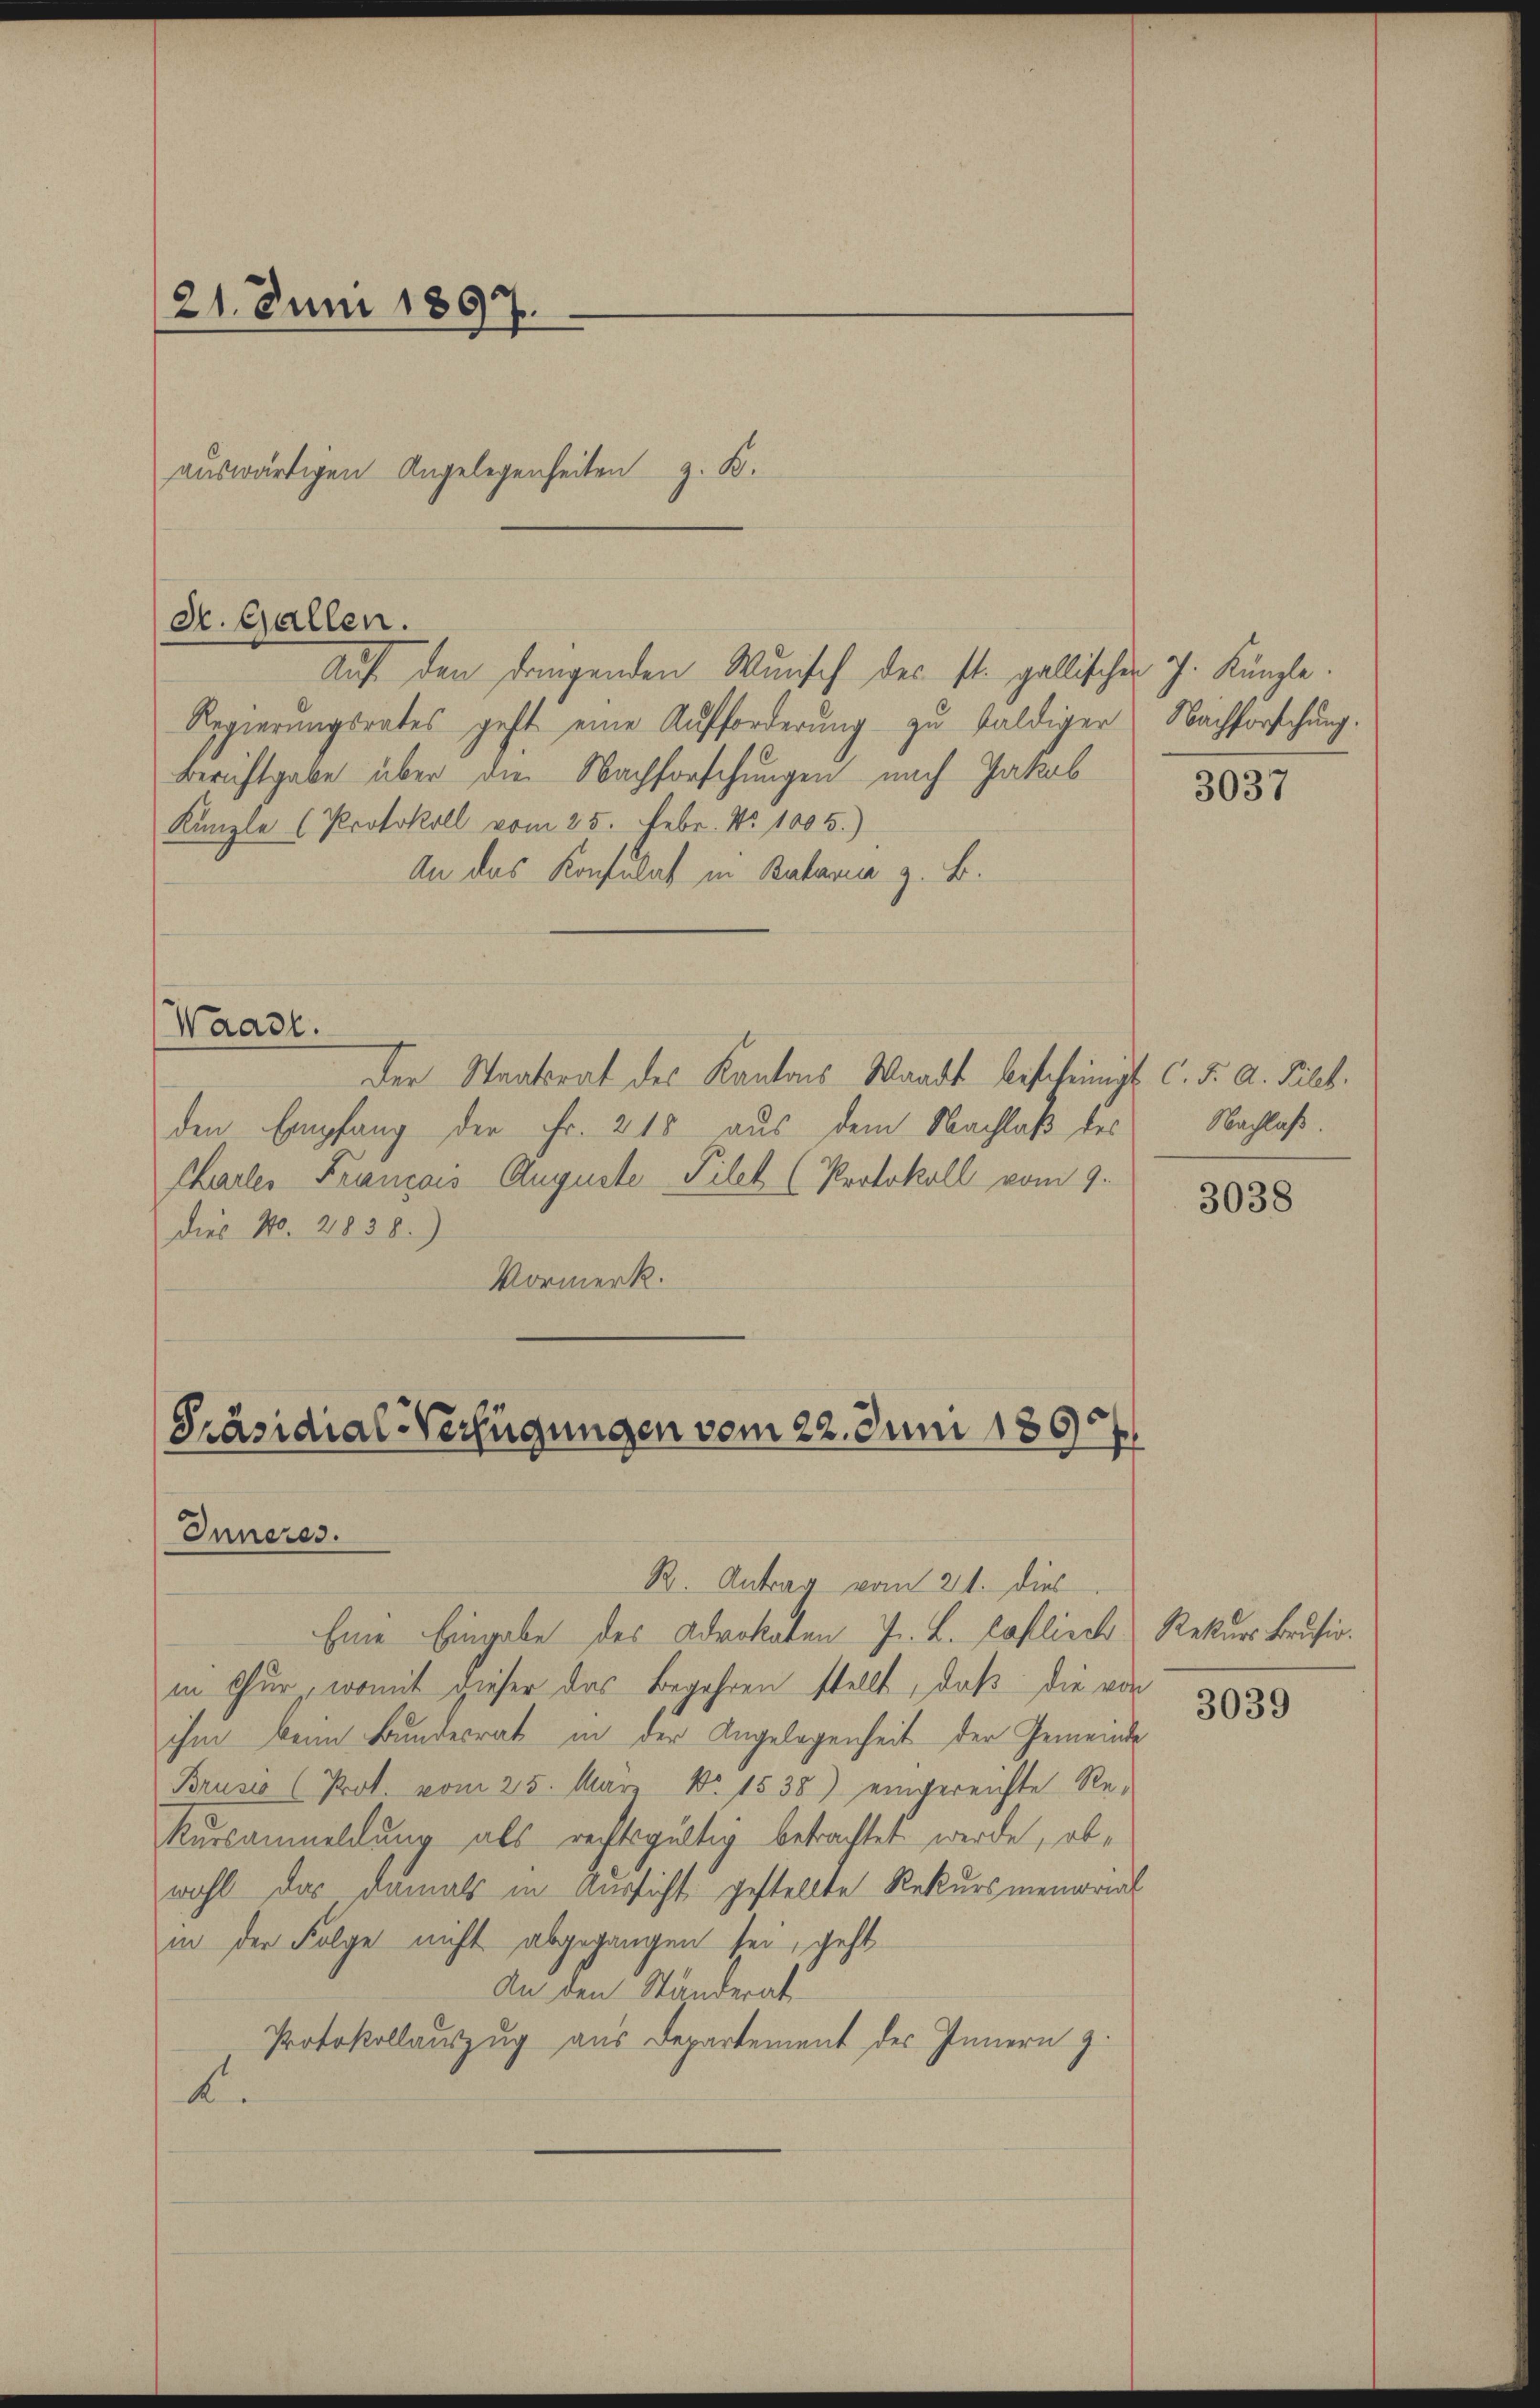
21. Juni 1897.

auswärtigen Angelegenheiten z. B.
St. Gallen.

Auf den dringenden Wunsch des st. gallischen J. Künzle
Regierungsrates geht eine Aufforderung zu baldiger Nachforschung.
Berichtgabe über die Nachforschungen nach Jakob
Kanzle (Protokoll vom 25. Febr. No 1005.)
An das Konsulat in Bataria z. B.
Waadt.
Der Staatsrat des Kantons Waadt bescheinigt C. F. A. Silb
den Empfang der Fr. 215 aus dem Nachlaß des
Challer Francois Auguste Pilet (Protokoll vom 9.
dies No. 2838.)
Vormerk.

Präsidial-Verfügungen vom 22. Juni 1865.

Inneres.
B. Antrag vom 21. dies
Eine Eingabe des Advokaten J. L. Caflisch Rekurs Brusis.
in Chur, womit dieser das Begehren stellt, daß die von
ihm beim Bundesrat in der Angelegenheit der Gemeinde
Brusio (Prot. vom 25. Mär No 1538) eingereichte Re¬
Kursanmeldung als rechtsgültig betrachtet werde, obwohl das damals in Aussicht gestellte Rekursmemorial
in der Folge nicht abgegangen sei, geht
An den Ständerat
Protokollauszug aus Departement des Innern z.
A.

3037

Nachlaß.

3038

3039